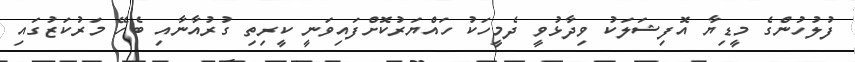
ފުލުހުންގެ މީޑިޔާ އޮފިޝަލަކު ވިދާޅުވީ ދެމީހަކު ހައްޔަރުކޮށްފައިވަނީ ކީރިތި ގުރުއާނާއި ބެހޭ މަރުކަޒުގައި